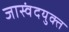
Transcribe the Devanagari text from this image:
जास्वंदयुक्त